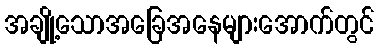
အချို့သောအခြေအနေများအောက်တွင်